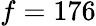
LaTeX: f=176